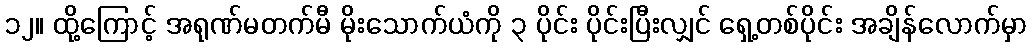
၁၂။ ထို့ကြောင့် အရုဏ်မတက်မီ မိုးသောက်ယံကို ၃ ပိုင်း ပိုင်းပြီးလျှင် ရှေ့တစ်ပိုင်း အချိန်လောက်မှာ